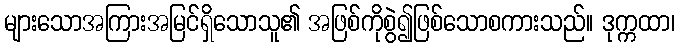
များသောအကြားအမြင်ရှိသောသူ၏ အဖြစ်ကိုစွဲ၍ဖြစ်သောစကားသည်။ ဒုက္ကထာ၊